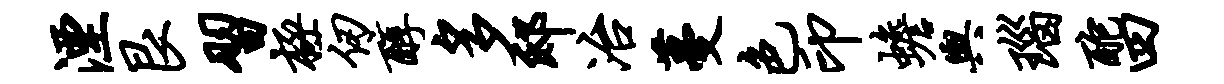
湮艮习极仞醇多邸冶蔓色印蟾舆瑙酡四